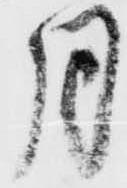
月